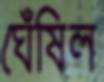
ঘেঁষিল